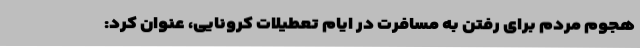
هجوم مردم برای رفتن به مسافرت در ایام تعطیلات کرونایی، عنوان کرد: